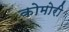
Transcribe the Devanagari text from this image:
कोमोरी